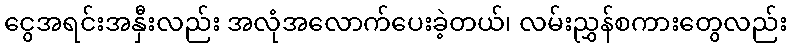
ငွေအရင်းအနှီးလည်း အလုံအလောက်ပေးခဲ့တယ်၊ လမ်းညွှန်စကားတွေလည်း